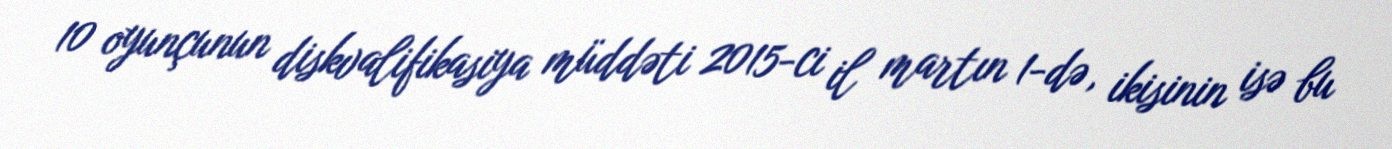
10 oyunçunun diskvalifikasiya müddəti 2015-ci il martın 1-də, ikisinin isə bu